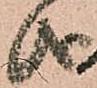
儀